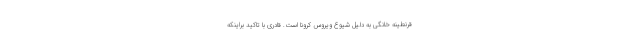
قرنطینه خانگی به دلیل شیوع ویروس کرونا است. قادری با تاکید براینکه